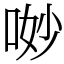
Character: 𠴕